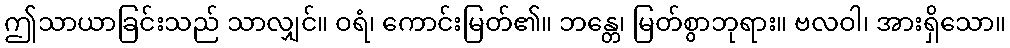
ဤသာယာခြင်းသည် သာလျှင်။ ဝရံ၊ ကောင်းမြတ်၏။ ဘန္တေ၊ မြတ်စွာဘုရား။ ဗလဝါ၊ အားရှိသော။